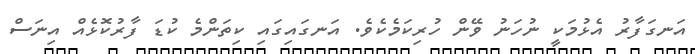
އަނގަފާރު އެޅުމަކީ ނުހަނު ވޭން ހުރިކަމެކެވެ. އަނގައިގައި ކިތަންމެ ކުޑަ ފާރުކޮޅެއް އިނަސް